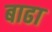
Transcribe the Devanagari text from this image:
बाढा